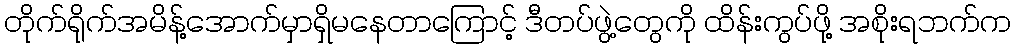
တိုက်ရိုက်အမိန့်အောက်မှာရှိမနေတာကြောင့် ဒီတပ်ဖွဲ့တွေကို ထိန်းကွပ်ဖို့ အစိုးရဘက်က